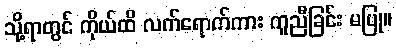
သို့ရာတွင် ကိုယ်ထိ လက်ရောက်ကား ကူညီခြင်း မပြု။